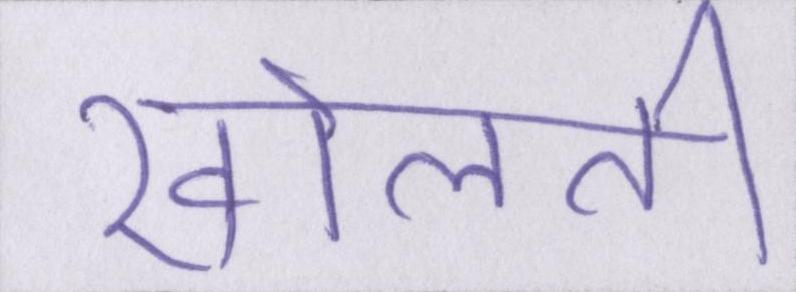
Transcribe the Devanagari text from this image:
खोलती